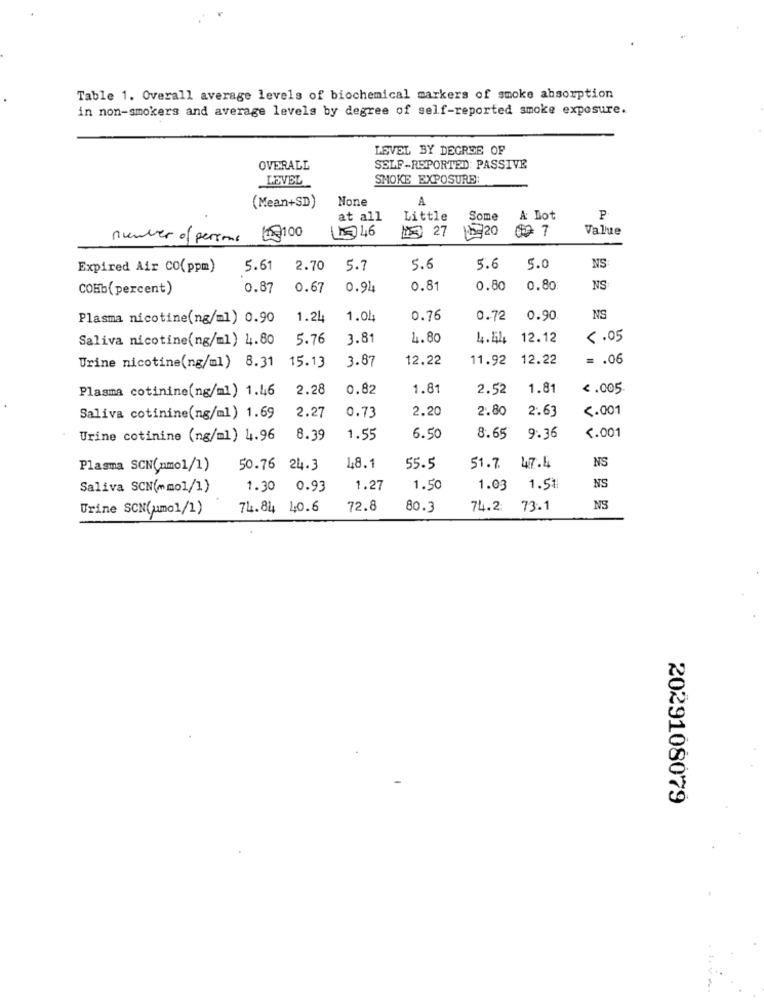
Table 1. Overall average levels of biochemical markers of smoke absorption
in non-smokers and average levels by degree of self-reported smoke exposure.
LEVEL BY DEGREE OF
OVERALL
SELF-REPORTED: PASSIVE
LEVEL
SMOKE EXPOSURE:
A
(Mean+SD)
at all
Little
Some
A Dot
P
LS 46
5 27
1 20
0 7
Value
number of persons
100
Expired Air CO(ppm)
5.61
2.70
5.7
5.6
5.6
5.0
NS
COMb(percent)
0.87
0.67
0.94
0.81
0.80
0.80
NS
Plasma nicotine(ng/ml) 0.90
1.24
1.01
0.76
0.72
0.90
NS
Saliva nicotine(ng/ml) 4.80
5.76
3.81
1. 80
4.44 12.12
5.05
3.87
12.22
11.92 12.22
=. 06
Urine nicotine(ng/ml) 8.31 15.13
Plasma cotinine(ng/ml) 1.46
2.28
0.82
1.81
2.52
1.81
< . 005
2.27
0.73
2.20
2.80
2.63
<. 001
Saliva cotinine(ng/ml) 1.69
<. 001
Urine cotinine (ng/ml) 4.96
8.39
1.55
6.50
8.65
9.36
NS
Plasma SCN(nmol/1)
50.76 24.3
18.1
55.5
51.7 47.4
NS
Saliva SCN(mmol/1)
1.30 0.93
1.27
1.50
1.03
1.51
Urine SCN(umo1/1)
74.84 40.6
72.8
80.3
74.2.
73.1
NS
2029108079